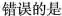
错误的是